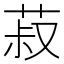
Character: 菽